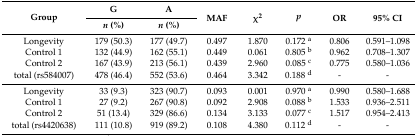
<table><thead><tr><td rowspan="2"><b>Group</b></td><td><b>G</b></td><td><b>A</b></td><td rowspan="2"><b>MAF</b></td><td rowspan="2"><b>χ<sup>2</sup></b></td><td rowspan="2"><b><i>p</i></b></td><td rowspan="2"><b>OR</b></td><td rowspan="2"><b>95% CI</b></td></tr><tr><td><b><i>n</i> (%)</b></td><td><b><i>n</i> (%)</b></td></tr></thead><tbody><tr><td>Longevity</td><td>179 (50.3)</td><td>177 (49.7)</td><td>0.497</td><td>1.870</td><td>0.172 <sup>a</sup></td><td>0.806</td><td>0.591–1.098</td></tr><tr><td>Control 1</td><td>132 (44.9)</td><td>162 (55.1)</td><td>0.449</td><td>0.061</td><td>0.805 <sup>b</sup></td><td>0.962</td><td>0.708–1.307</td></tr><tr><td>Control 2</td><td>167 (43.9)</td><td>213 (56.1)</td><td>0.439</td><td>2.960</td><td>0.085 <sup>c</sup></td><td>0.775</td><td>0.580–1.036</td></tr><tr><td>total (rs584007)</td><td>478 (46.4)</td><td>552 (53.6)</td><td>0.464</td><td>3.342</td><td>0.188 <sup>d</sup></td><td>-</td><td>-</td></tr><tr><td>Longevity</td><td>33 (9.3)</td><td>323 (90.7)</td><td>0.093</td><td>0.001</td><td>0.970 <sup>a</sup></td><td>0.990</td><td>0.580–1.688</td></tr><tr><td>Control 1</td><td>27 (9.2)</td><td>267 (90.8)</td><td>0.092</td><td>2.908</td><td>0.088 <sup>b</sup></td><td>1.533</td><td>0.936–2.511</td></tr><tr><td>Control 2</td><td>51 (13.4)</td><td>329 (86.6)</td><td>0.134</td><td>3.133</td><td>0.077 <sup>c</sup></td><td>1.517</td><td>0.954–2.413</td></tr><tr><td>total (rs4420638)</td><td>111 (10.8)</td><td>919 (89.2)</td><td>0.108</td><td>4.380</td><td>0.112 <sup>d</sup></td><td>-</td><td>-</td></tr></tbody></table>